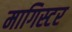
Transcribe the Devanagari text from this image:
मागिस्टर